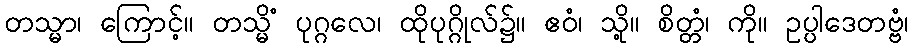
တသ္မာ၊ ကြောင့်။ တသ္မိံ ပုဂ္ဂလေ၊ ထိုပုဂ္ဂိုလ်၌။ ဧဝံ၊ သို့။ စိတ္တံ၊ ကို။ ဥပ္ပါဒေတဗ္ဗံ၊